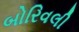
બોરિવલી